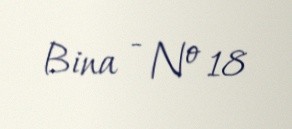
Bina - № 18